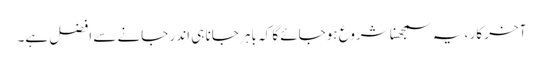
آخر کار ، یہ سمجھنا شروع ہوجائے گا کہ باہر جانا ہی اندر جانے سے افضل ہے۔